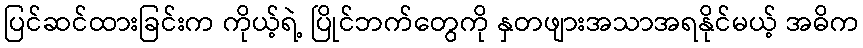
ပြင်ဆင်ထားခြင်းက ကိုယ့်ရဲ့ ပြိုင်ဘက်တွေကို နှတဖျားအသာအရနိုင်မယ့် အဓိက